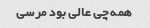
همه چی عالی بود مرسی